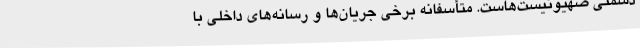
دشمنی صهیونیست‌هاست. متأسفانه برخی جریان‌ها و رسانه‌های داخلی با